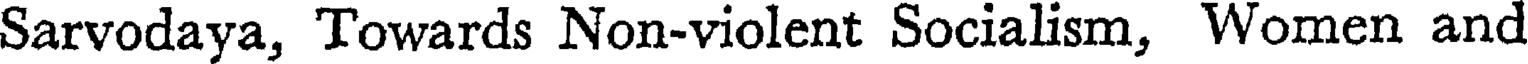
Sarvodaya, Towards Non-violent Socialism, Women and